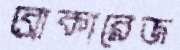
ব্রোকারেজ